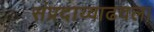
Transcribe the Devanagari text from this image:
संप्रदाय्वाढवला